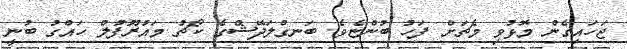
ޖަހައިގެން މޮޅުވި މެޗަށް ފަހު ބުންޏެވެ. ބަނގްލަދޭޝްގެ ކޯޗު މައުރޫފުލް ހައްގު ބުނީ